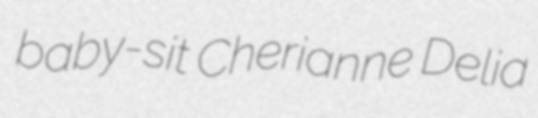
baby-sit Cherianne Delia